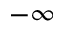
- \infty